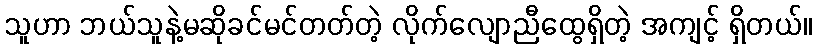
သူဟာ ဘယ်သူနဲ့မဆိုခင်မင်တတ်တဲ့ လိုက်လျောညီထွေရှိတဲ့ အကျင့် ရှိတယ်။